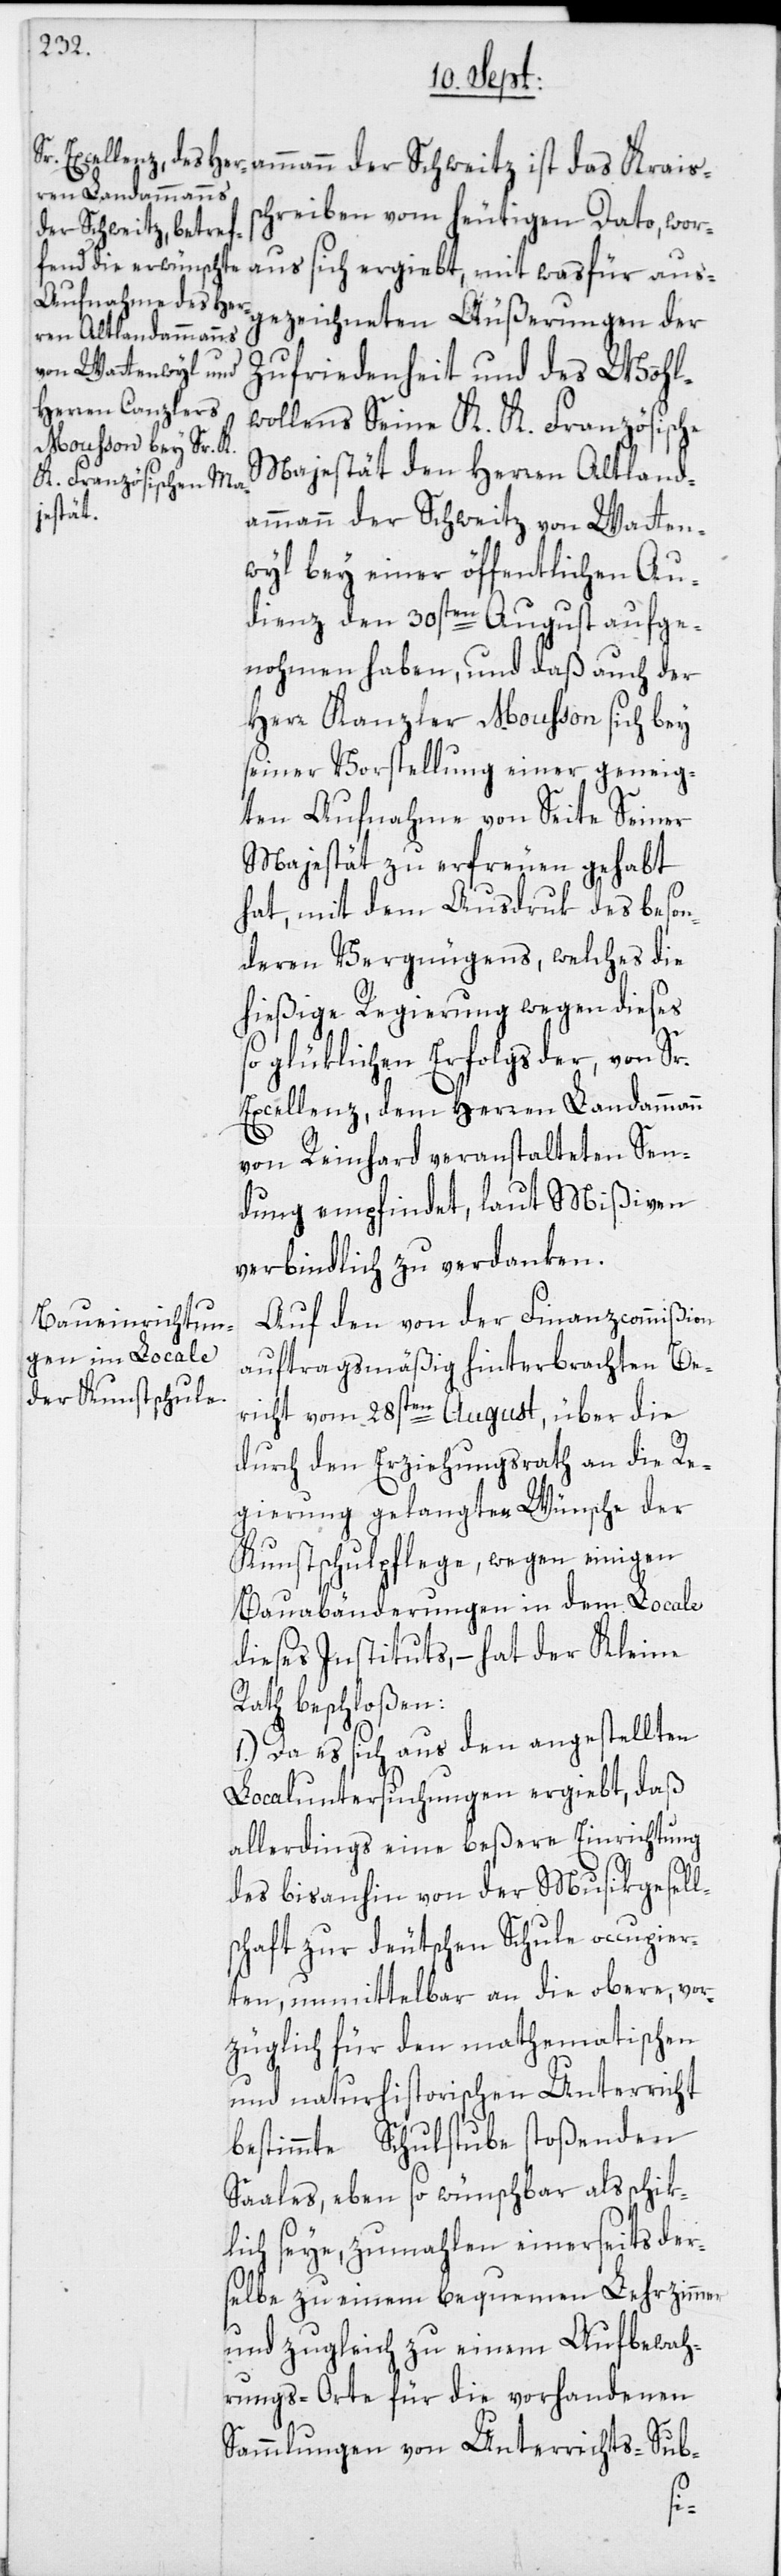
chreiben vom heutigen Dato, wor¬
Zufriedenheit und des Wohl¬
wollens Seine K. K. Französische
Majestät den Herren Altland¬
ammann der Schweitz von Watten¬
wyl bey einer öffentlichen Au¬
dienz den 30sten August aufge¬
nohmen haben, und daß auch der
Herr Kanzler Mousson sich bey
seiner Vorstellung einer geneig¬
ten Aufnahme von Seite Seiner
Majestät zu erfreuen gehabt
hat, mit dem Ausdruk des beson¬
deren Vergnügens, welches die
hießige Regierung wegen dieses
so glüklichen Erfolgs der, von Sr.
Excellenz, dem Herren Landammann
von Reinhard veranstalteten Sen¬
dung empfindet, laut Mißiven
verbindlich zu verdanken.
Auf den von der Finanzcommißion
auftragsmäßig hinterbrachten Be¬
richt vom 28sten August, über die
durch den Erziehungsrath an die Re¬
gierung gelangten Wünsche der
Kunstschulpflege, wegen einigen
Bauabänderungen in dem Locale
dieses Instituts, – hat der Kleine
Rath beschloßen:
1.) Da es sich aus den angestellten
Localuntersuchungen ergiebt, daß
allerdings eine beßere Einrichtung
des bisanhin von der Musikgesell¬
schaft zur deutschen Schule occupier¬
ten, unmittelbar an die obere, vor¬
züglich für den mathematischen
und naturhistorischen Unterricht
bestimmte Schulstube stoßenden
Saales, eben so wünschbar als schik¬
lich seye, zumahlen einerseits der¬
selbe zu einem bequemen Lehrzimmer
und zugleich zu einem Aufbewah¬
rungs-Orte für die vorhandenen
Sammlungen von Unterrichts-Sub-
der